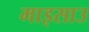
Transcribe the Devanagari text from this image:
माइसाउ